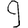
Digit: 9